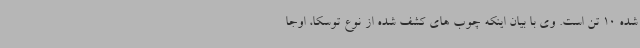
شده 10 تن است. وی با بیان اینکه چوب های کشف شده از نوع توسکا، اوجا